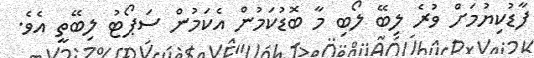
ފާޑުކިޔުމަށް ވުރެ ލިބޭ ލޯބި މާ ބޮޑުކަމުން އެކަމުން ސަޕޯޓު ލިބޭތީ އެވެ.